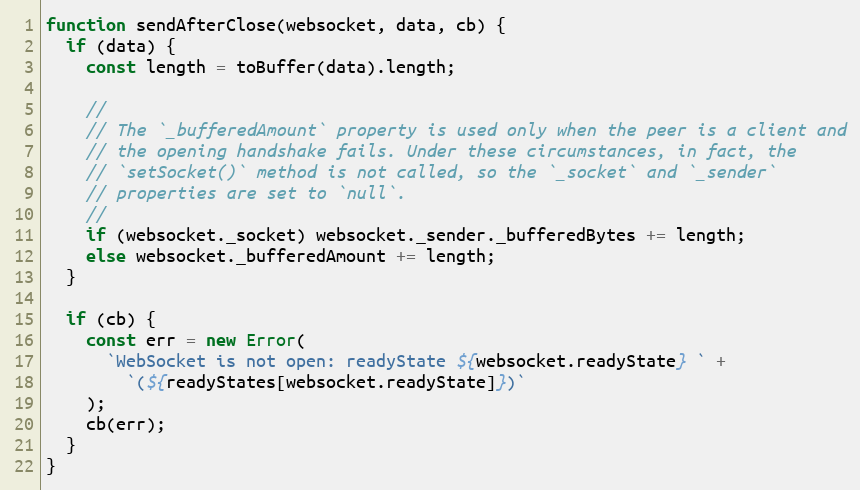
Language: JavaScript
function sendAfterClose(websocket, data, cb) {
  if (data) {
    const length = toBuffer(data).length;

    //
    // The `_bufferedAmount` property is used only when the peer is a client and
    // the opening handshake fails. Under these circumstances, in fact, the
    // `setSocket()` method is not called, so the `_socket` and `_sender`
    // properties are set to `null`.
    //
    if (websocket._socket) websocket._sender._bufferedBytes += length;
    else websocket._bufferedAmount += length;
  }

  if (cb) {
    const err = new Error(
      `WebSocket is not open: readyState ${websocket.readyState} ` +
        `(${readyStates[websocket.readyState]})`
    );
    cb(err);
  }
}